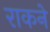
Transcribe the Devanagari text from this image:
राकने